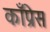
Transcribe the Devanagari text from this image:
काँप्रेस